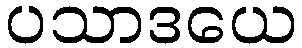
ပသာဒယေ